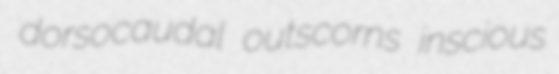
dorsocaudal outscorns inscious